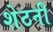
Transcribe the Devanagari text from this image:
शेठनी